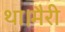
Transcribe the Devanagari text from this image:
था।मैरी